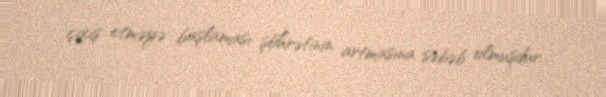
çıxış etməyə başlaması şöhrətinin artmasına səbəb olmuşdur.